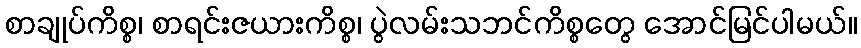
စာချုပ်ကိစ္စ၊ စာရင်းဇယားကိစ္စ၊ ပွဲလမ်းသဘင်ကိစ္စတွေ အောင်မြင်ပါမယ်။